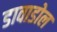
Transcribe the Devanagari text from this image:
डावाडोल